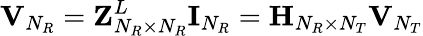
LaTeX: {\mathbf{V}}_{N_{R}}={\mathbf{Z}}_{N_{R}\times N_{R}}^{L}{\mathbf{I}}_{N_{R}}={\mathbf{H}}_{N_{R}\times N_{T}}{\mathbf{V}}_{N_{T}}